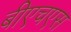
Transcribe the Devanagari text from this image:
बीएचएस